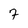
Character: 7